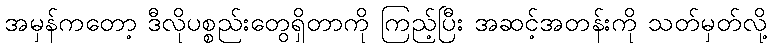
အမှန်ကတော့ ဒီလိုပစ္စည်းတွေရှိတာကို ကြည့်ပြီး အဆင့်အတန်းကို သတ်မှတ်လို့